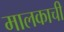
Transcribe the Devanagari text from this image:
मालकाची